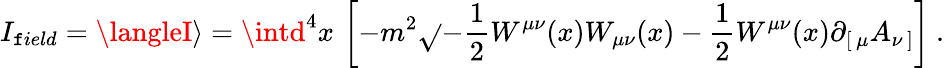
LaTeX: I_{\mathtt{f}ield}=\langleI\rangle=\intd^{4}x\, \left[-m^{2}\sqrt{}{{-{\frac{{1}}{{2}}}W^{\mu\nu}(x)W_{\mu\nu}(x)}}-{\frac{{1}}{{2}}}W^{\mu\nu}(x)\partial_{[\, \mu}A_{\nu\, ]}\right]\ .